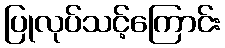
ပြုလုပ်သင့်ကြောင်း